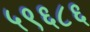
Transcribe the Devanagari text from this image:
५९६८६